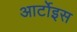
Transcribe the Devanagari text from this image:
आर्टोइस